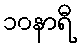
၁၀နာရီ